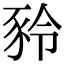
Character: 𧰻